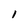
Character: l